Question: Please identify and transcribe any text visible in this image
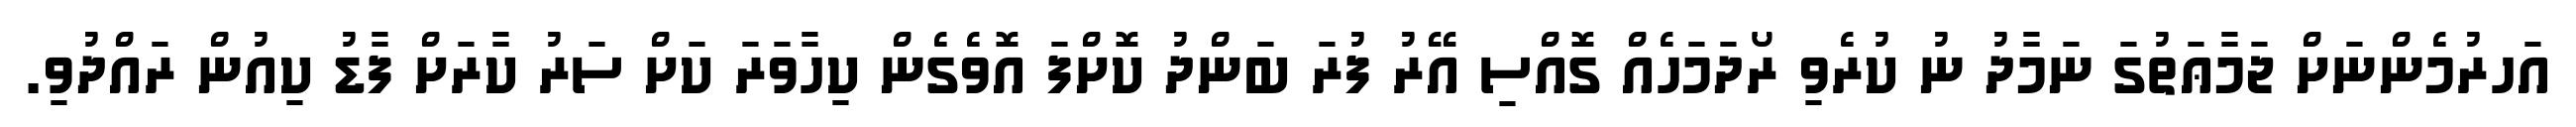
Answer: އަހރުމެންނަށް ޖަމާޢަތުގަ ނަމާދު ނު ކުރެވި ރޯދަމަހެއް ގޮއްސި އޭރު ފުރަ ބަންދު ކޮށްފަ އޮވެގެން ކިހާވަރަ ކަށް ސަރު ކާރަށް ފާޑު ކިއުން ރައްދުވި.